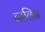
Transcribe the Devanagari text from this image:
नालिन